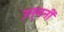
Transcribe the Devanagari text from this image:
उन्मनीं